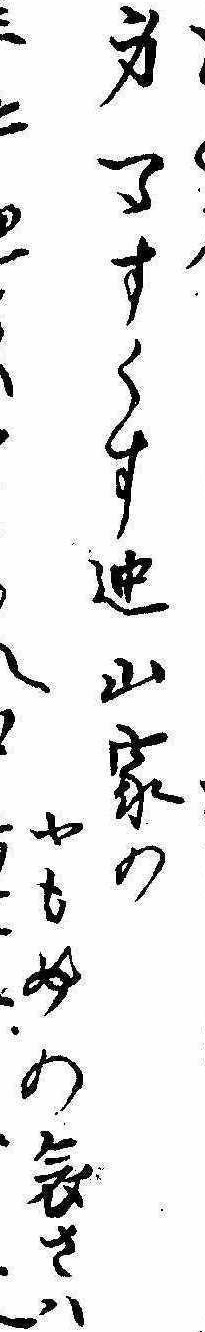
身一つすくす迚山家のやもめの哀さはへ